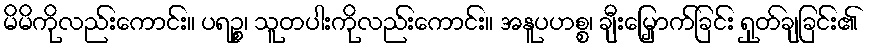
မိမိကိုလည်းကောင်း။ ပရဉ္စ၊ သူတပါးကိုလည်းကောင်း။ အနူပဟစ္စ၊ ချီးမြှောက်ခြင်း ရှုတ်ချခြင်း၏